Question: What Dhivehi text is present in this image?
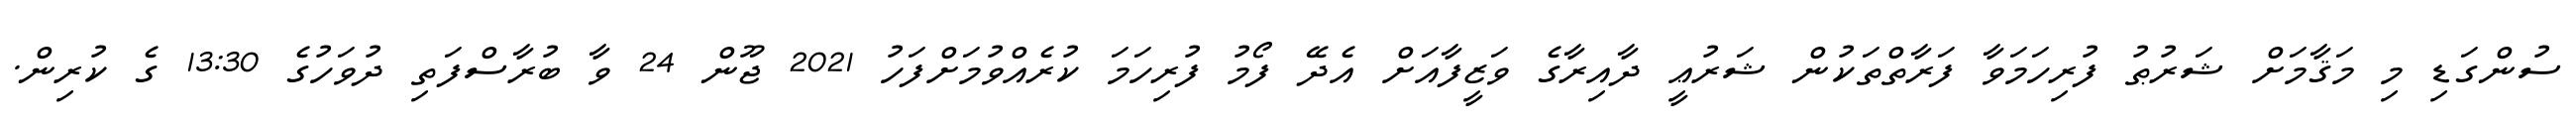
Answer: ސުންގަޑި މި މަޤާމަށް ޝަރުޠު ފުރިހަމަވާ ފަރާތްތަކުން ޝަރުޢީ ދާއިރާގެ ވަޒީފާއަށް އެދޭ ފޯމު ފުރިހަމަ ކުރެއްވުމަށްފަހު 2021 ޖޫން 24 ވާ ބުރާސްފަތި ދުވަހުގެ 13:30 ގެ ކުރިން.